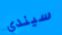
سيندي